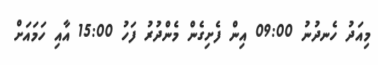
މިއަދު ހެނދުނު 09:00 އިން ފެށިގެން މެންދުރު ފަހު 15:00 އާއި ހަމައަށް